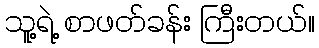
သူ့ရဲ့ စာဖတ်ခန်း ကြီးတယ်။